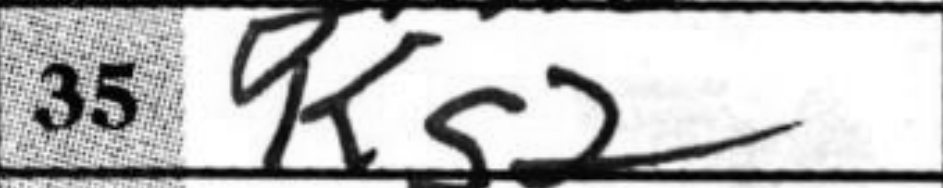
Transcription: Kg2